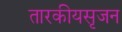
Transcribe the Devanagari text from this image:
तारकीयसृजन